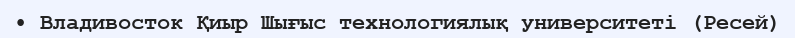
• Владивосток Қиыр Шығыс технологиялық университеті (Ресей)